Vaccine operations Central Provinces & Berar 1922-1929 - 1922-1929
Year: 1922
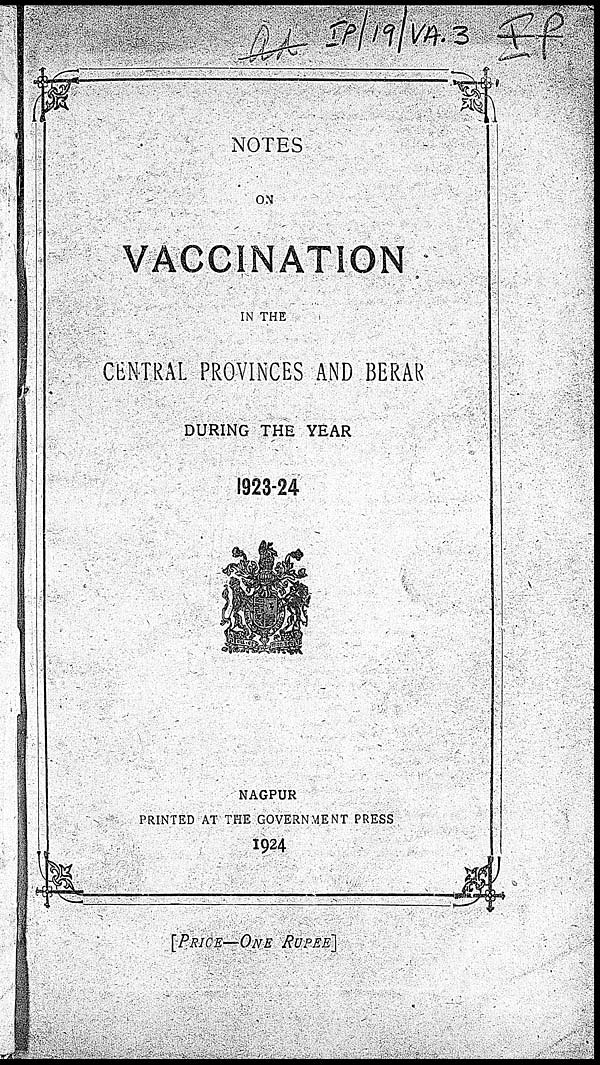
NOTES
ON
VACCINATION
IN THE
CENTRAL PROVINCES AND BERAR
DURING THE YEAR
1923-24
NAGPUR
PRINTED AT THE GOVERNMENT PRESS
1924
[PRICE—ONE RUPEE]